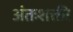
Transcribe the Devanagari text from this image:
अंतःशक्ती